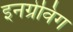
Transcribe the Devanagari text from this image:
इनग्रेविंग